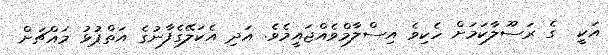
އަކީ  ގެ ރަސޫލާކަމަށް ހެކިވެ އިސްލާމްވެއްޖައީމެވެ. އަދި އެކަލޭގެފާނުގެ އަތްޕުޅު މައްޗަށް